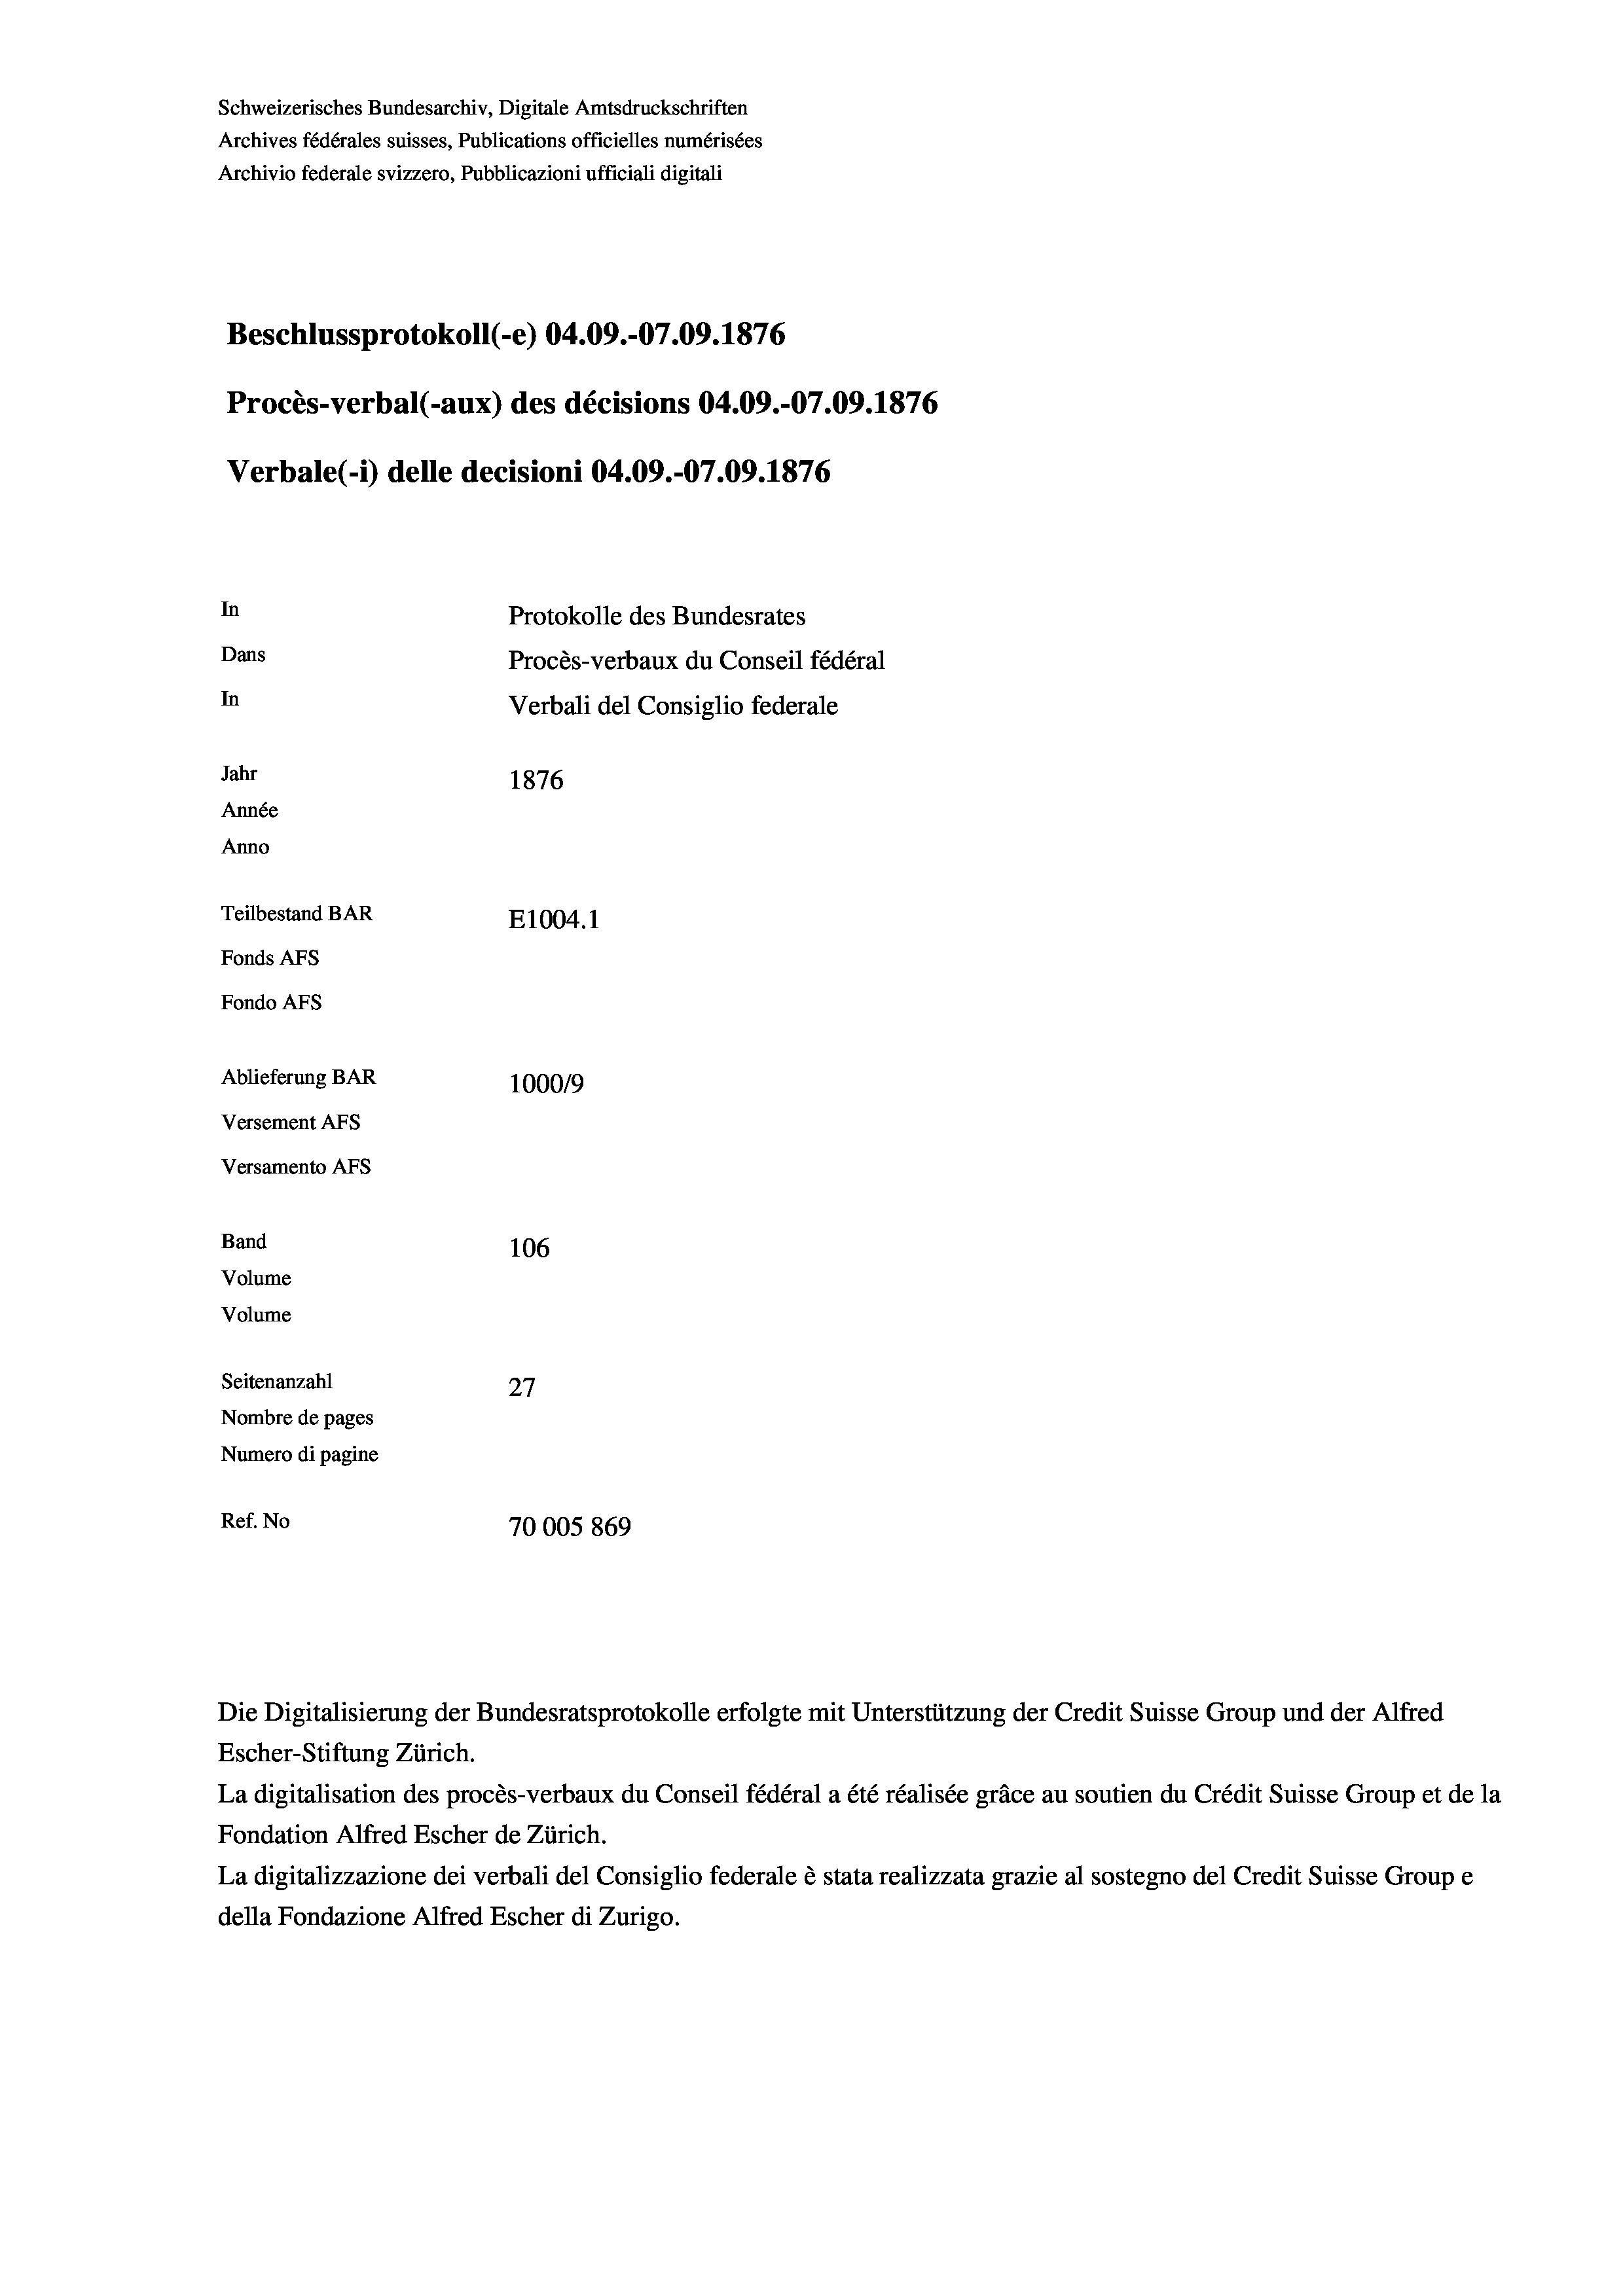
Schweizerisches Bundesarchiv, Digitale Amtsdruckschriften
Archives fédérales suisses, Publications officielles numérisées
Archivio federale svizzero, Pubblicazioni ufficiali digitali
Beschlussprotokoll (-e) 04.09.-07.09. 1876
Procès-verbal (-aux) des décisions 04.09.-07.09. 1876
Verbale(*) delle decisioni 04.09.-07.09. 1876
In
Protokolle des Bundesrates
Dans
Procès-verbaux du Conseil fédéral
In
Verbali del Consiglio federale
Jahr
1876
Année
Anno
Teilbestand BAR
E1004. 1
Fonds AFs
Fondo AFS
Ablieferung BAR
1000/9
Versement AFs
Versamento Afs

106
Seitenanzahl
3
21
Nombre de pages
Numero di pagine
Ref. No
70005 869

Band
Volume

Volume

Die Digitalisierung der Bundesratsprotokolle erfolgte mit Unterstützung der Credit Suisse Group und der Alfred
Escher-Stiftung Zürich.
La digitalisation des procès-verbaux du Conseil fédéral a été réalisée gräce au soutien du Crédit Suisse Group et de la
Fondation Alfred Escher de Zürich.
La digitalizzazione dei verbali del Consiglio federale è stata realizzata grazie al sostegno del Credit Suisse Groupe
della Fondazione Alfred Escher di Zurigo.